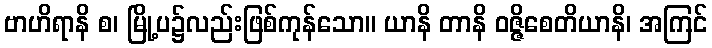
ဗာဟိရာနိ စ၊ မြို့ပ၌လည်းဖြစ်ကုန်သော။ ယာနိ တာနိ ဝဇ္ဇိစေတိယာနိ၊ အကြင်